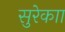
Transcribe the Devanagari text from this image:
सुरेकाा